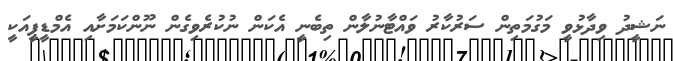
ނަޝީދު ވިދާޅުވީ މަގުމަތިން ސަރުކާރު ވައްޓާނުލާން ތިބެނީ އެކަން ނުކުރެވިގެން ނޫންކަމަށާއި އެމްޑީޕީއަކީ